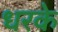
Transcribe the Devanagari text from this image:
धरके